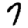
Digit: 7